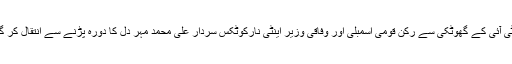
پی ٹی آئی کے گھوٹکی سے رکن قومی اسمبلی اور وفاقی وزیر اینٹی نارکوٹکس سردار علی محمد مہر دل کا دورہ پڑنے سے انتقال کر گئے۔